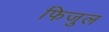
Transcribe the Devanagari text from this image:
फिजुल